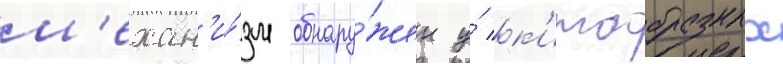
м'ехан'и́зм обнару́жен у́ к'итообразных